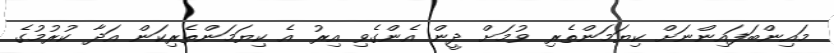
މައިންބަފައިންނަށް ކިޔަމަންތެރި ވުމަށް ދީން އެންގެވި އިރު އެ ކިޔަމަންތެރިކަން އަދާ ކުރުމުގެ